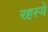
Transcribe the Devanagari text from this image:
रहस्यें